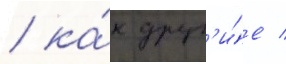
/ ка́к друг'и́е /